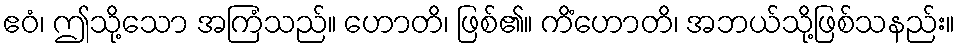
ဧဝံ၊ ဤသို့သော အကြံသည်။ ဟောတိ၊ ဖြစ်၏။ ကိံဟောတိ၊ အဘယ်သို့ဖြစ်သနည်း။